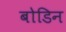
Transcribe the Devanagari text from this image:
बोडिन